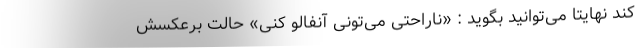
کند نهایتا می‌توانید بگوید : «ناراحتی می‌تونی آنفالو کنی» حالت برعکسش